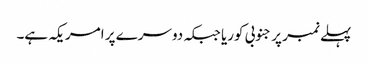
پہلے نمبر پر جنوبی کوریا جبکہ دوسرے پر امریکہ ہے۔